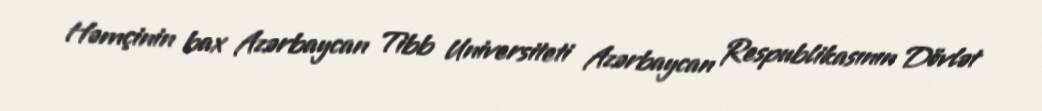
Həmçinin bax Azərbaycan Tibb Universiteti Azərbaycan Respublikasının Dövlət